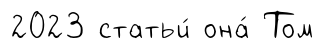
2023 статьи́ она́ Том